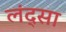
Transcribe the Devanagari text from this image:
लंद्सा